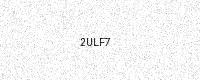
Text: 2ULF7